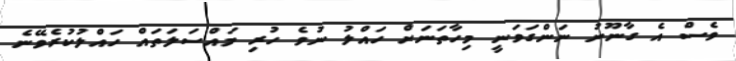
ވެސް އެ ގާނޫނު ނަންގަވަނީ މިހާތަނަށް ހައްލު ނުވެ ހުރި މައްސަލަތައް ހައްލުކުރެވޭނެ